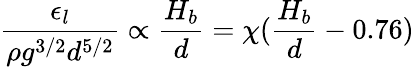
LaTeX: \frac{\epsilon_{l}}{\rho g^{3/2}d^{5/2}}\propto\frac{{H_{b}}}{d}=\chi(\frac{H_{b}}{d}-0.76)